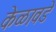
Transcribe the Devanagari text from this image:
केळावडे